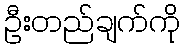
ဦးတည်ချက်ကို